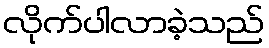
လိုက်ပါလာခဲ့သည်